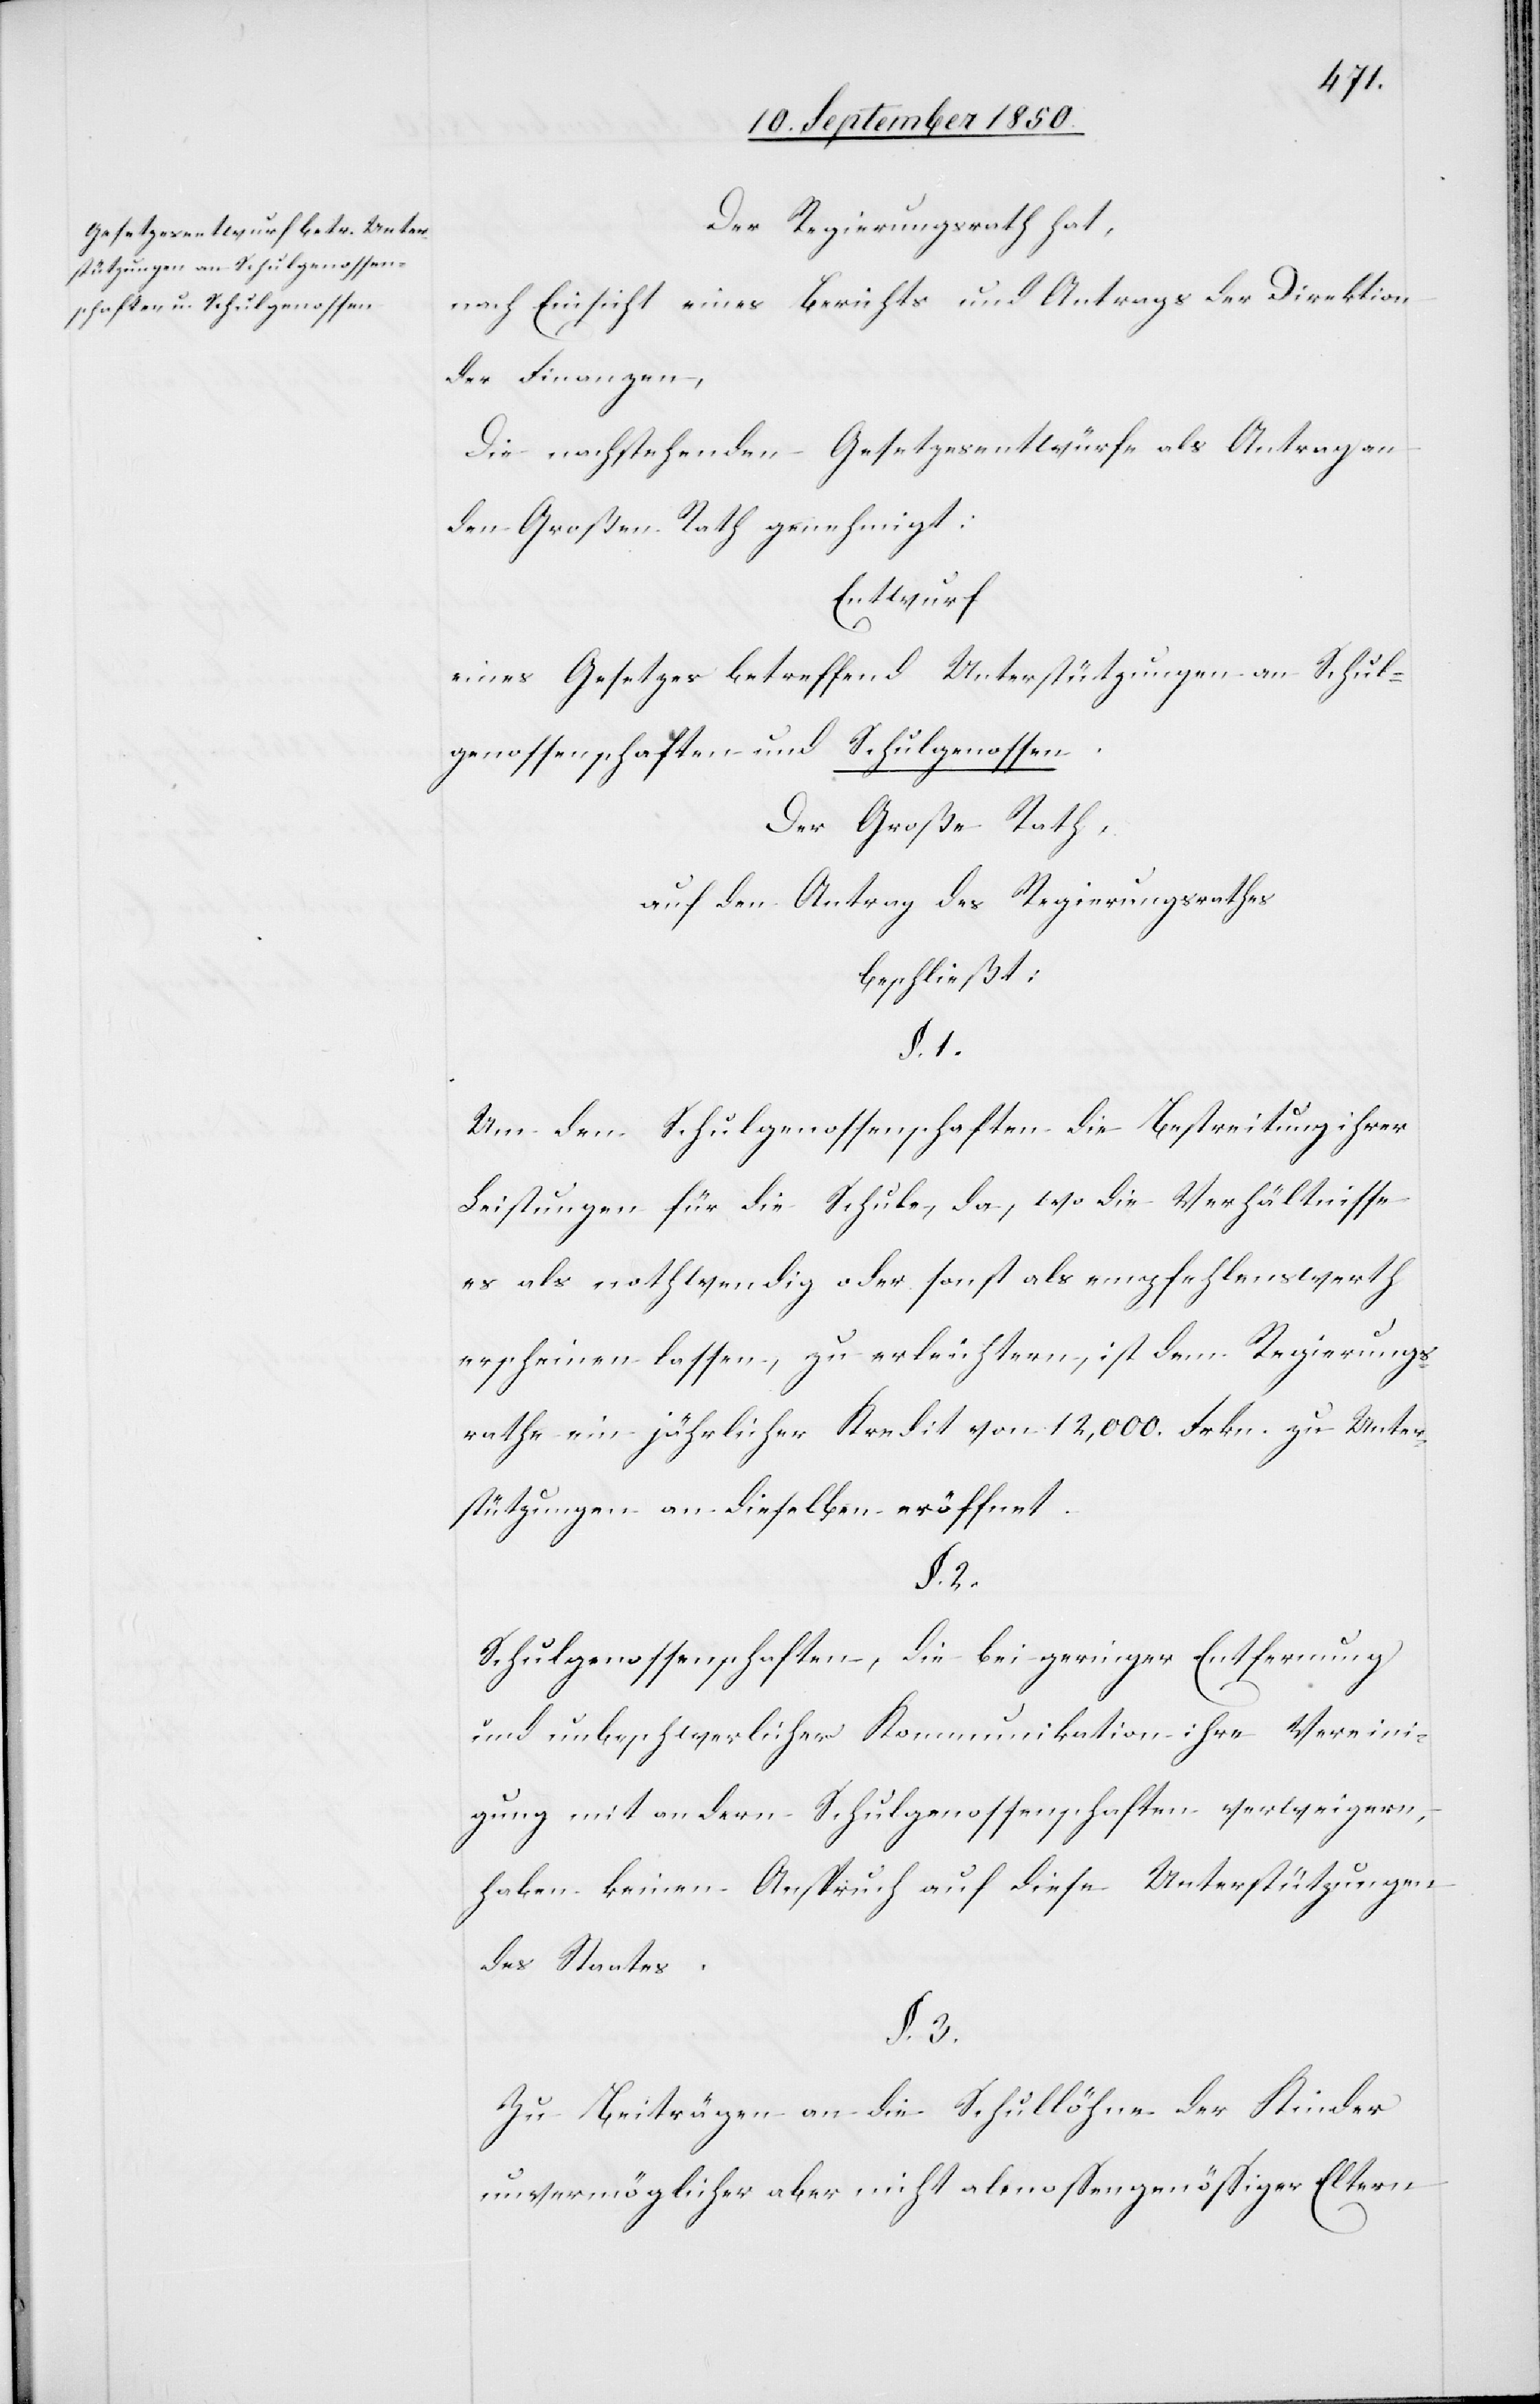
Der Regierungsrath hat,
nach Einsicht eines Berichts und Antrags der Direktion
der Finanzen,
Die nachstehenden Gesetzesentwürfe als Antrag an
den Großen Rath genehmigt:
Entwurf
eines Gesetzes betreffend Unterstützungen an Schul¬
genossenschaften und Schulgenossen.
Der Große Rath,
auf den Antrag des Regierungsrathes
beschließt:
§. 1.
Um den Schulgenossenschaften die Bestreitung ihrer
Leistungen für die Schule, da, wo die Verhältnisse
es als nothwendig oder sonst als empfehlenswerth
erscheinen lassen, zu erleichtern, ist dem Regierungs¬
rathe ein jährlicher Kredit von 12,000. Frkn. zu Unter¬
stützungen an dieselben eröffnet.
§. 2.
Schulgenossenschaften, die bei geringer Entfernung
und unbeschwerlicher Kommunikation ihre Vereini¬
gung mit andern Schulgenossenschaften verweigern,
haben keinen Anspruch auf diese Unterstützungen
des Staates.
§. 3.
Zu Beiträgen an die Schullöhne der Kinder
unvermöglicher aber nicht almossengenössiger Eltern